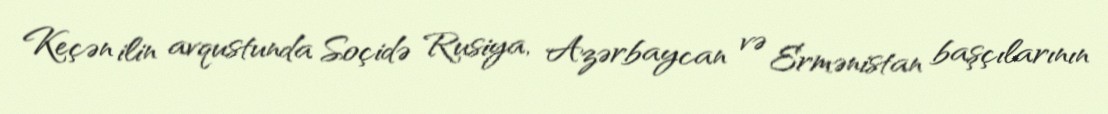
Keçən ilin avqustunda Soçidə Rusiya, Azərbaycan və Ermənistan başçılarının